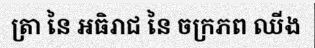
ត្រា នៃ អធិរាជ នៃ ចក្រភព ឈីង